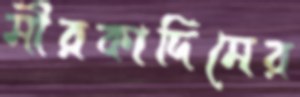
মীরকাদিমের